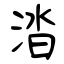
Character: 涾